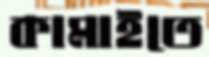
কামাইতে